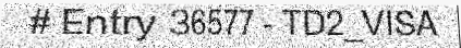
# Entry 36577 - TD2_VISA